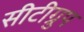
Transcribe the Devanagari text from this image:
सीटीग्रुप